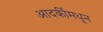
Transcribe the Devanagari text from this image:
आदर्कीमधून